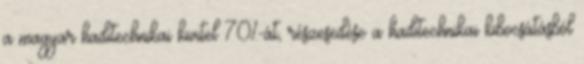
a magyar haditechnikai kivitel 70%-át, részesedése a haditechnikai kibocsátásból